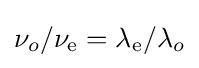
\nu _{o}/\nu _{\text{e}}=\lambda _{\text{e}}/\lambda _{o}